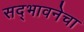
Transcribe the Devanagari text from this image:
सद्भावनेचा